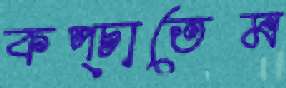
কপ্‌চাতেম